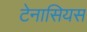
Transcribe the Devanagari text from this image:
टेनासियस